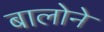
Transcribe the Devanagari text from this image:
बालोने